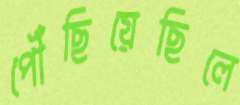
পৌঁছিয়েছিলে